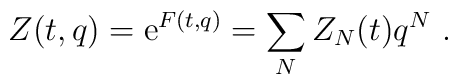
Z(t,q)= {\rm e}^{ F(t,q)} = \sum_N Z_N(t) q^N~.